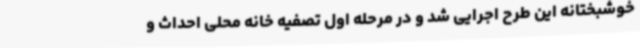
خوشبختانه این طرح اجرایی شد و در مرحله اول تصفیه خانه محلی احداث و